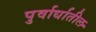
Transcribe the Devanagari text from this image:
पुर्वार्धातील